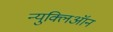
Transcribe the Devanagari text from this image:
न्युक्लिऑन